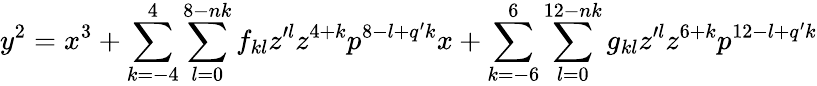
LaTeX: y^{2}=x^{3}+\sum_{k=-4}^{4}\sum_{l=0}^{8-nk}f_{kl}z^{\prime l}z^{4+k}p^{8-l+q^{\prime}k}x+\sum_{k=-6}^{6}\sum_{l=0}^{12-nk}g_{kl}z^{\prime l}z^{6+k}p^{12-l+q^{\prime}k}